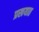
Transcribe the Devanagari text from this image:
प्रखयात